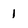
Character: 1